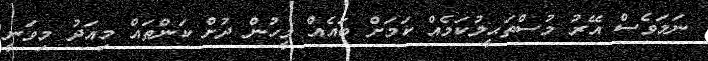
ނަމަވެސް އޭރު މުސްތަޙީލުކަމެއް ކަމަށް ބައެއް މީހުން ދުށް ކަންތައް މިއަދު މިވަނީ